Report on the working of the Ranchi Indian Mental Hospital, Kanke, in Bihar and Orissa - 1930-1940
Year: 1930
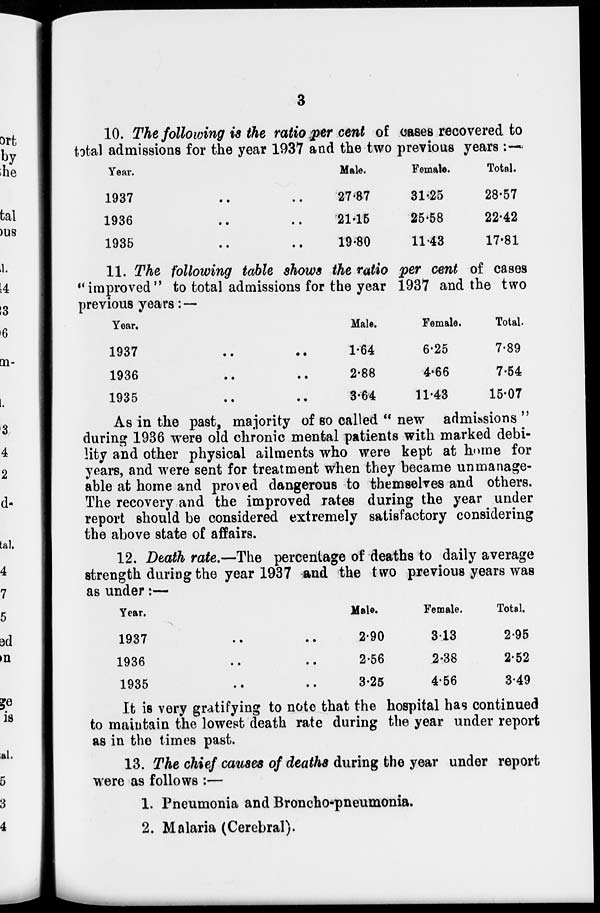
3
10. The following is the ratio per cent of cases recovered to
total admissions for the year 1937 and the two previous years :—
Year.
1937 .. ..
1936 .. ..
1935 .. ..
Male.
27.87
21.15
19.80
Female.
31.25
25.58
11.43
Total.
28.57
22.42
17.81
11. The following table shows the ratio per cent of cases
"improved" to total admissions for the year 1937 and the two
previous years: —
Year.
1937
..
..
1936 .. ..
1935 .. ..
Male.
1.64
2.88
3.64
Female.
6.25
4.66
11.43
Total.
7.89
7.54
15.07
As in the past, majority of so called " new admissions "
during 1936 were old chronic mental patients with marked debi-
lity and other physical ailments who were kept at home for
years, and were sent for treatment when they became unmanage-
able at home and proved dangerous to themselves and others.
The recovery and the improved rates during the year under
report should be considered extremely satisfactory considering
the above state of affairs.
12. Death rate.—The percentage of deaths to daily average
strength during the year 1937 and the two previous years was
as under:—
Year.
1937 .. ..
1936 .. ..
1935 .. ..
Male.
2.90
2.56
3.25
Female.
3.13
2.38
4.56
Total.
2.95
2.52
3.49
It is very gratifying to note that the hospital has continued
to maintain the lowest death rate during the year under report
as in the times past.
13. The chief causes of deaths during the year under report
were as follows :—
1. Pneumonia and Broncho-pneumonia.
2. Malaria (Cerebral).